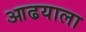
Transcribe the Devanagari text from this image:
आढयाला